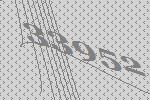
33952